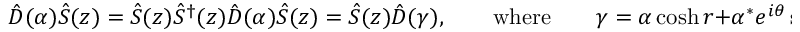
{ \hat { D } } ( \alpha ) { \hat { S } } ( z ) = { \hat { S } } ( z ) { \hat { S } } ^ { \dagger } ( z ) { \hat { D } } ( \alpha ) { \hat { S } } ( z ) = { \hat { S } } ( z ) { \hat { D } } ( \gamma ) , \qquad { \mathrm { w h e r e } } \qquad \gamma = \alpha \cosh r + \alpha ^ { * } e ^ { i \theta } \sinh r